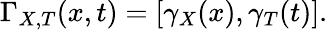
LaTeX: \Gamma_{X,T}(x,t)=[\gamma_{X}(x),\gamma_{T}(t)].